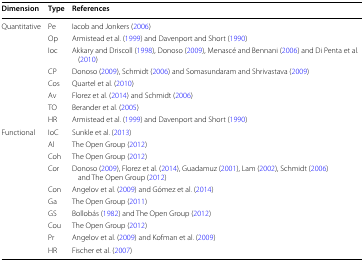
| Dimension | Type | References |
 | --- | --- | --- |
 | <ROWSPAN=8> Quantitative | Pe | Iacob and Jonkers (2006) |
 | Op | Armistead et al. (1999) and Davenport and Short (1990) |
 | Ioc | Akkary and Driscoll (1998), Donoso (2009), Menascé and Bennani (2006) and Di Penta et al. (2010) |
 | CP | Donoso (2009), Schmidt (2006) and Somasundaram and Shrivastava (2009) |
 | Cos | Quartel et al. (2010) |
 | Av | Florez et al. (2014) and Schmidt (2006) |
 | TO | Berander et al. (2005) |
 | HR | Armistead et al. (1999) and Davenport and Short (1990) |
 | <ROWSPAN=10> Functional | IoC | Sunkle et al. (2013) |
 | Al | The Open Group (2012) |
 | Coh | The Open Group (2012) |
 | Cor | Donoso (2009), Florez et al. (2014), Guadamuz (2001), Lam (2002), Schmidt (2006) and The Open Group (2012) |
 | Con | Angelov et al. (2009) and Gómez et al. (2014) |
 | Ga | The Open Group (2011) |
 | GS | Bollobás (1982) and The Open Group (2012) |
 | Cou | The Open Group (2012) |
 | Pr | Angelov et al. (2009) and Kofman et al. (2009) |
 | HR | Fischer et al. (2007) |